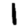
Digit: 1